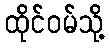
ထိုင်ဝမ်သို့